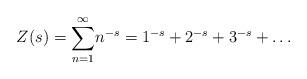
LaTeX: \begin{align*}Z(s)=\underset{n=1}{\overset{\infty }{\sum }}n^{-s}=1^{-s}+2^{-s}+3^{-s}+\ldots \end{align*}